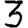
Digit: 3